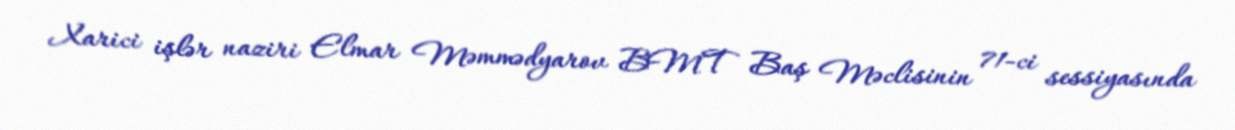
Xarici işlər naziri Elmar Məmmədyarov BMT Baş Məclisinin 71-ci sessiyasında